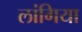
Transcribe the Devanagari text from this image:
लांगिया